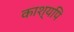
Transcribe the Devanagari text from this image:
काश्यपि